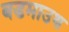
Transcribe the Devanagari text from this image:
बडमाउथ